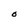
Character: O